NAE_ERA_R-1765_ENSV_Kirjanike_Liit_1945-1955, lk 73
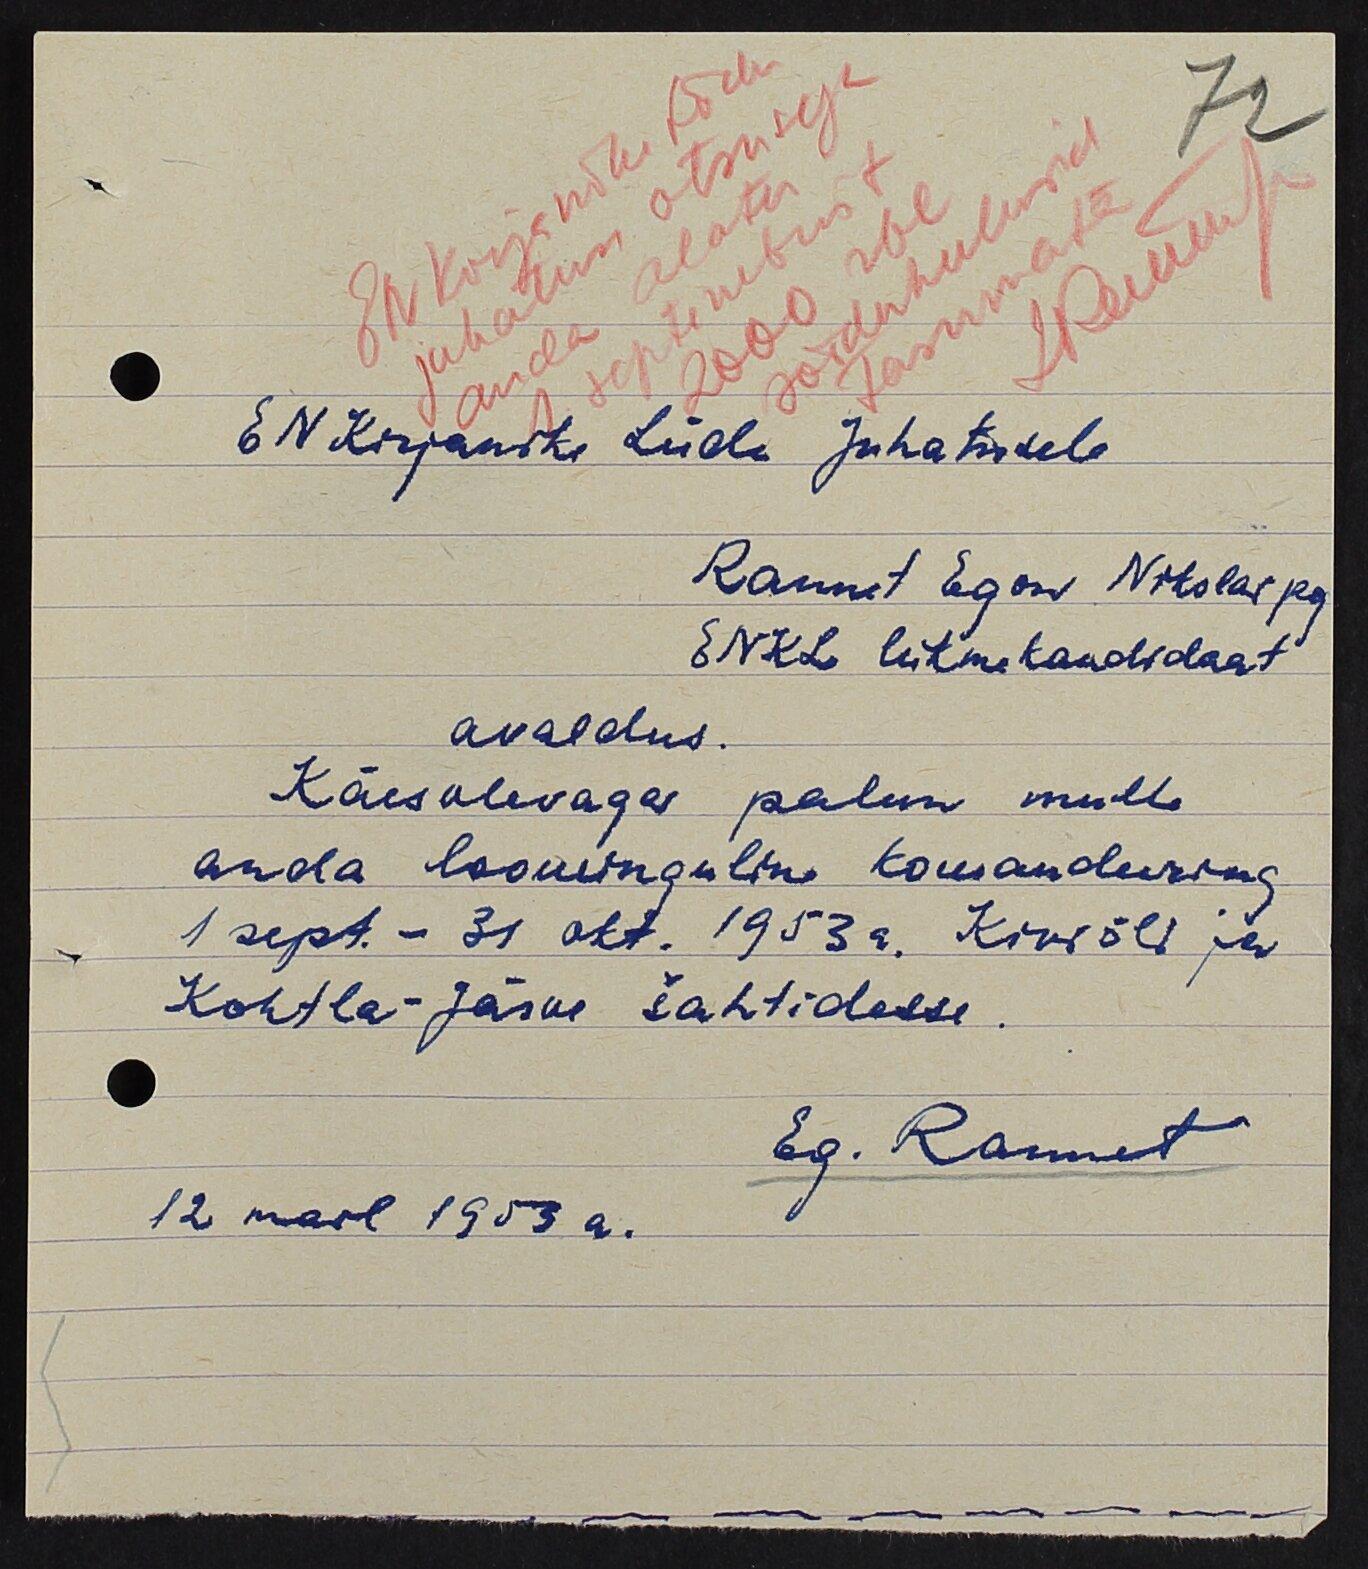
EN Kirjanike Liidu
juhatuse otsusega
sõidukulusid
septembrist
anda alates
tasumata
2000 rbl
EN Kirjanike Liidu Juhatusele
Rannet Egon Nikolai pg
ENKL liikmekandidaat
avaldus.
Käesolevaga palun mulle
anda loominguline komandeering
1 sept. - 31 okt. 1953a. Kiviõli ja
Kohtla-Järve šahtidesse.
Eg. Rannet
12 mail 1953 a.